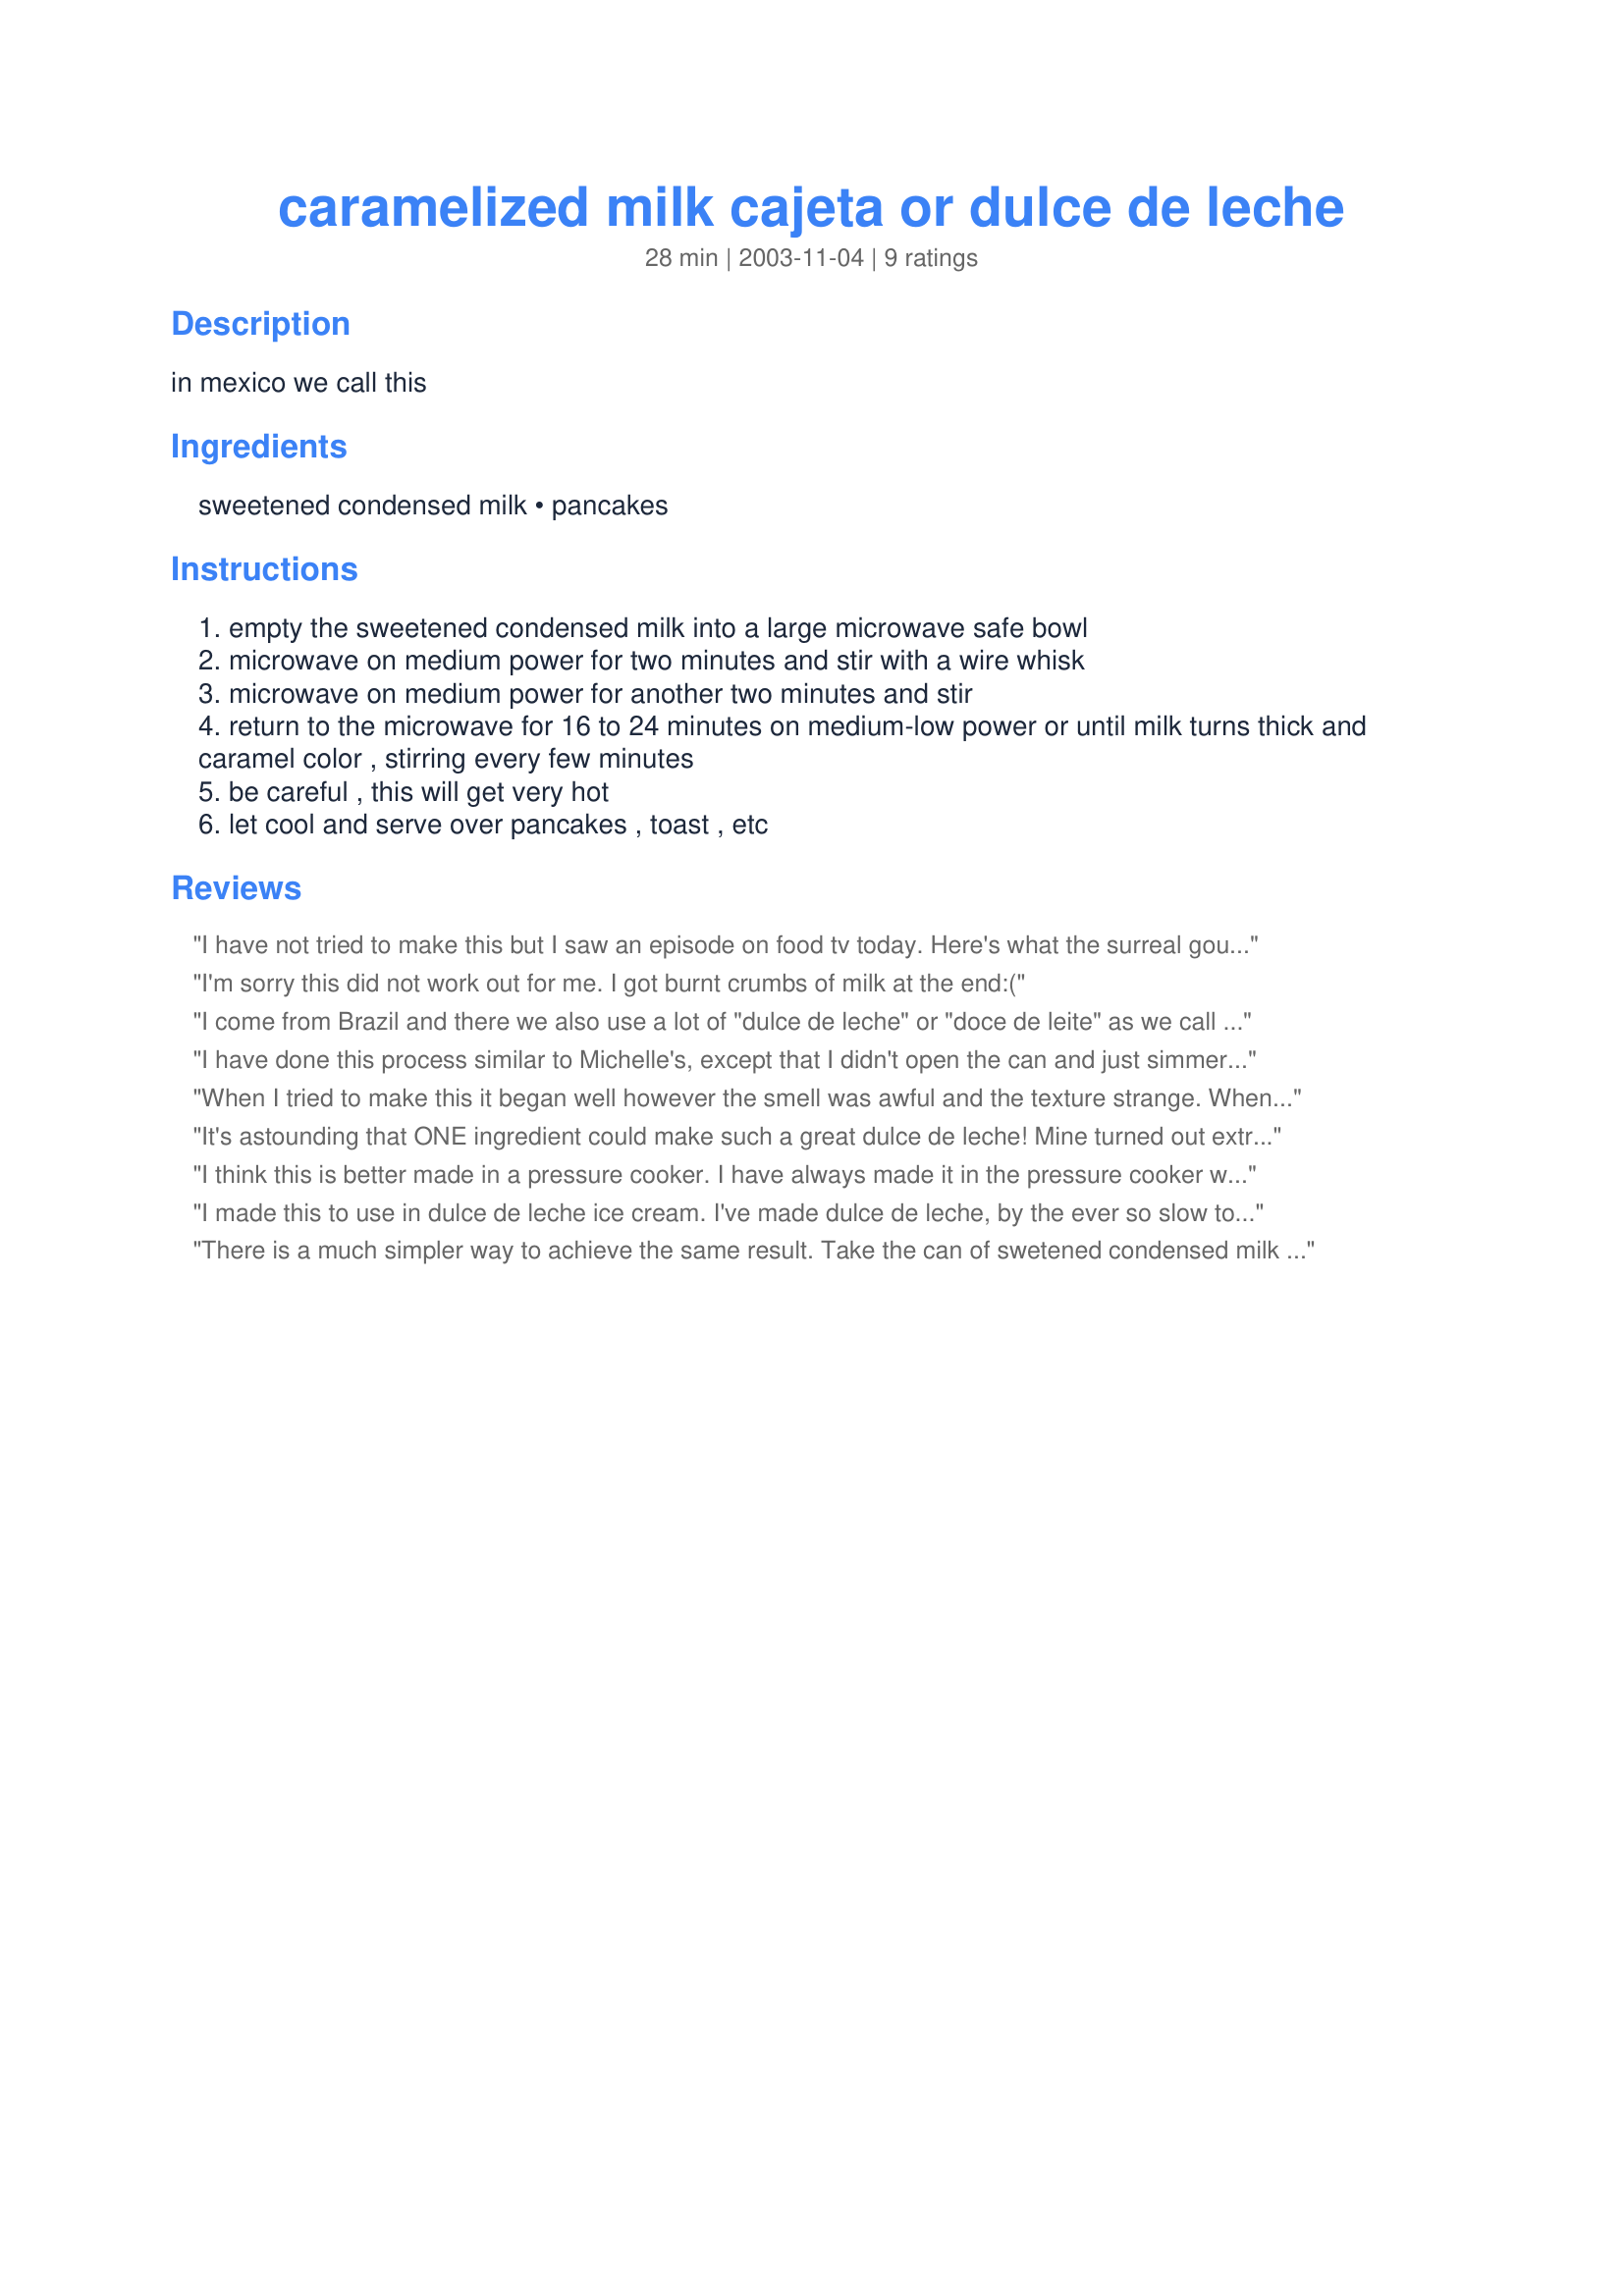
caramelized milk cajeta or dulce de leche
Preparation time: 28 minutes

in mexico we call this

Ingredients:
sweetened condensed milk, pancakes

Steps:
empty the sweetened condensed milk into a large microwave safe bowl
microwave on medium power for two minutes and stir with a wire whisk
microwave on medium power for another two minutes and stir
return to the microwave for 16 to 24 minutes on medium-low power or until milk turns thick and caramel color , stirring every few minutes
be careful , this will get very hot
let cool and serve over pancakes , toast , etc

Reviews:
I have not tried to make this but I saw an episode on food tv today. Here's what the surreal gourmet suggests:
Use a can opener to poke 2 small holes in the top of can. 
Fill a small pot with 4 inches of water. Place can in water, then add or remove water so that the top of the can sits 1/4-inch above the waterline. Bring water to a simmer and let simmer for 6 hours. Top off water occasionally so that it remains at the same basic level. Don't worry if a small amount of the can's contents bubble up and cloud the water during the simmering process. 

Let can cool, then open and skim off top 1/4-inch of condensed milk. What remains below should be a thick creamy, delicious caramel sauce. Serve with fresh fruit such as bananas, berries, star fruit, etc.


I'm sorry this did not work out for me. I got burnt crumbs of milk at the end:(
I come from Brazil and there we also use a lot of "dulce de leche" or "doce de leite" as we call it there, and what we do is we boil the can of condensend milk in a presure cooker. It is safer than to do on a normal pan. The presure rising from the liquid inside the can is counter balaced by the presure of the water boiling inside the pan and you have no risk of it exploding. I think it's something to do with Fisic's Law.
I have done this process similar to Michelle's, except that I didn't open the can and just simmered it completety covered for about 2 hours. This may or may not be safe, but I've done this many times with no problem. Then I just pour the carmelized milk (which really does taste like carmel!) into a bought graham cracker pie crust and top with whipped cream. Make for a nice, easy dessert.
When I tried to make this it began well however the smell was awful and the texture strange. When I let it cool it hardened and tasted absolutly disgusting...and I know what actual dulce de ledche tastes like as I am Hispanic and I was extremly dissapointed. I recommend to all people hoping to make dulce de leche to take their time and prepare it the slow,correct way by boiling it.
It's astounding that ONE ingredient could make such a great dulce de leche! Mine turned out extremely thick, just pliable enough to dip the apple wedges that I served with it. I watched this batch like a hawk as it microwaved... it didn't burn, though my microwave seemed to cook it faster than 16-24 minutes required in the last timeframe (I think it took about 13 minutes). I stirred every 3 minutes for the first half of the time, and then every 1:30 for the last half. Don't be scared if the mixture becomes really "foamy" during the process, just whisk it right back to shape. And thanks to Rhonda for the pie idea -- will be using this for a pie next time I have company! Very impressive and SO easy! Muchas gracias, Maty! :)
I think this is better made in a pressure cooker. I have always made it in the pressure cooker with great success. I decided to try this in the microwave like you described. I honestly thought it would come out the same and i was VERY DISAPPOINTED! It came out chewy at first but then firmed up. It was not spreadable at all. It was more like a hard candy. I thought this would save me time but i think i will stick to the pressure cooker method from now on.
I made this to use in dulce de leche ice cream. I've made dulce de leche, by the ever so slow top of the stove method using milk and sugar, but I much prefer this method. I will have to experiment with the time and power level on my microwave to get the exact consistency I was looking for. Thank you for posting
There is a much simpler way to achieve the same result. Take the can of swetened condensed milk and put it in a pan of water over medium heat for 20-30 minutes. When you open the can...caramel sauce!!!
